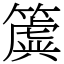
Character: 簴